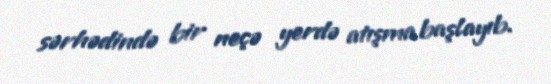
sərhədində bir neçə yerdə atışma başlayıb.